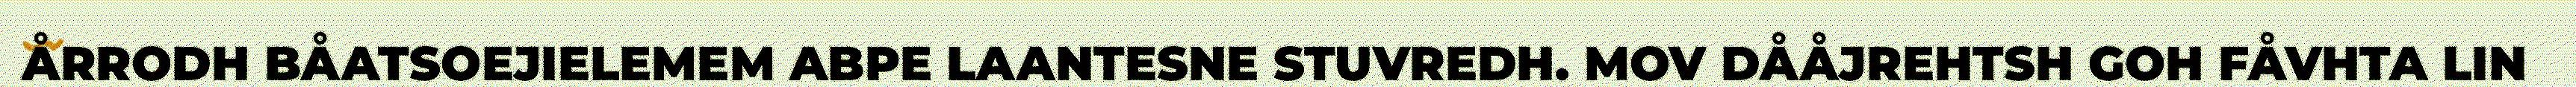
ÅRRODH BÅATSOEJIELEMEM ABPE LAANTESNE STUVREDH. MOV DÅÅJREHTSH GOH FÅVHTA LIN